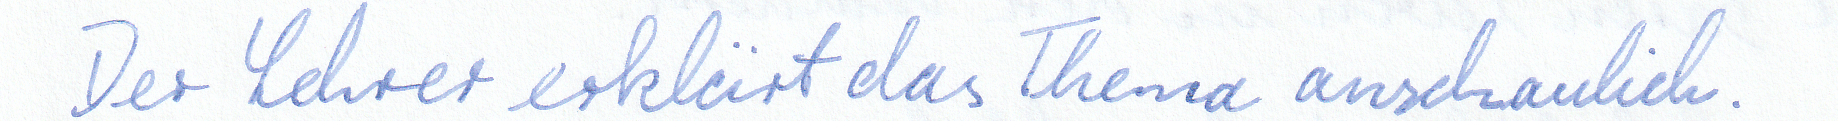
Der Lehrer erklärt das Thema anschaulich.